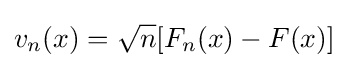
v_{n}(x)={\sqrt {n}}[F_{n}(x)-F(x)]